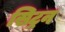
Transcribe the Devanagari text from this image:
सिट्रन